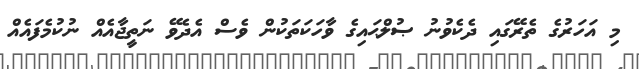
މި އަހަރުގެ ތެރޭގައި ދެކެވުނު ޞުލްޙައިގެ ވާހަކަތަކުން ވެސް އެދެވޭ ނަތީޖާއެއް ނުކުމެފައެއް